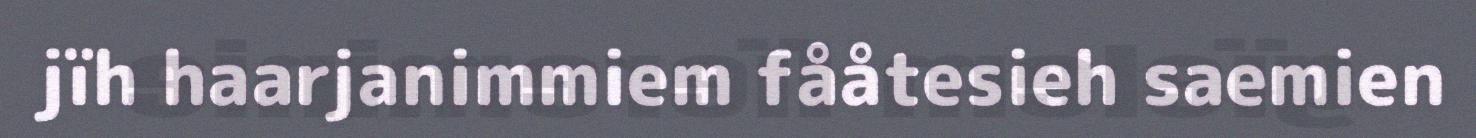
jïh haarjanimmiem fååtesieh saemien